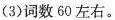
(3)词数60左右。